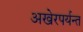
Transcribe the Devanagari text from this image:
अखेरपर्यन्त